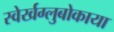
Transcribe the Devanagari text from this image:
स्वेर्खग्लुबोकाया